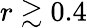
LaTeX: r\gtrsim 0.4